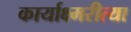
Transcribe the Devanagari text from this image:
कार्याक्ष्मरीत्या